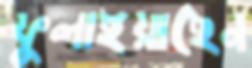
ফুলাইয়াছেন